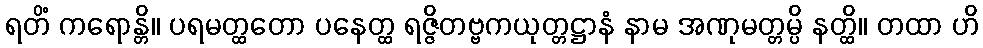
ရတိံ ကရောန္တိ။ ပရမတ္ထတော ပနေတ္ထ ရဇ္ဇိတဗ္ဗကယုတ္တဋ္ဌာနံ နာမ အဏုမတ္တမ္ပိ နတ္ထိ။ တထာ ဟိ